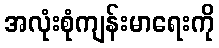
အလုံးစုံကျန်းမာရေးကို